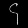
Digit: ၄